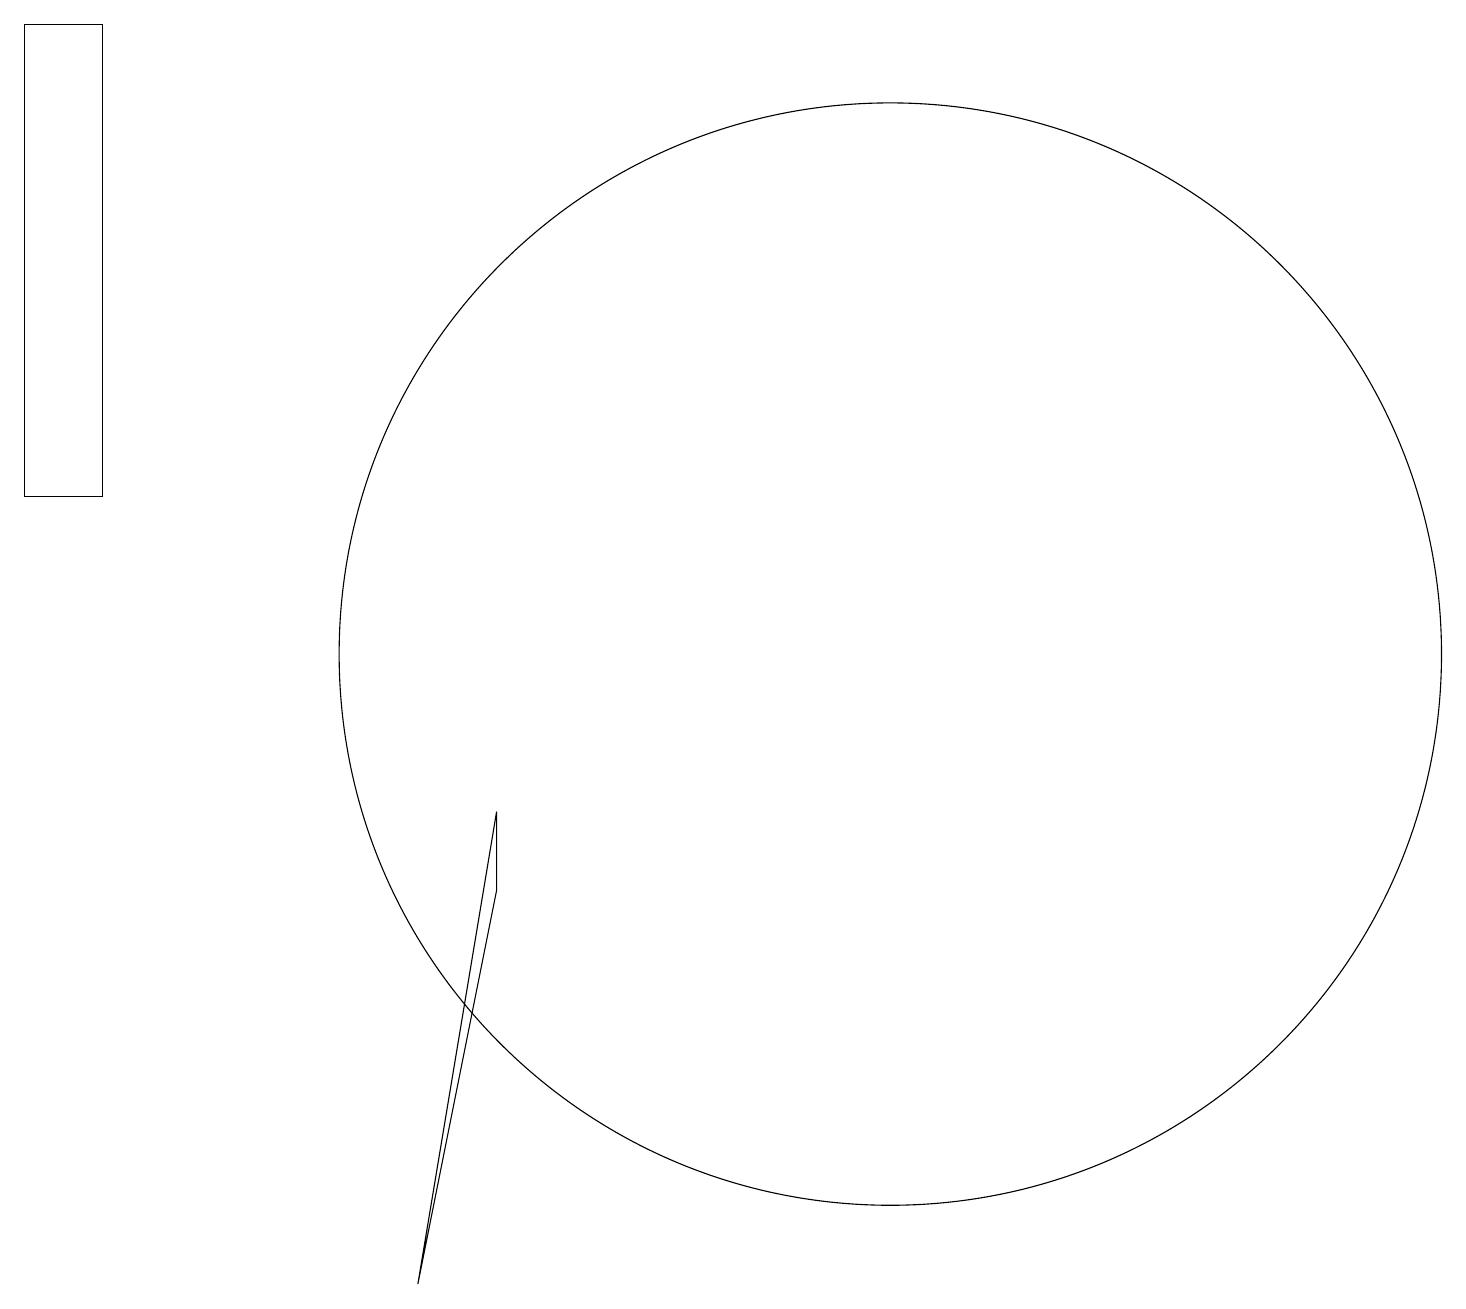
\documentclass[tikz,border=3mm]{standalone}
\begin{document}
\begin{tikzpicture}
\draw (11,10) circle (7);
\draw (0,18) rectangle (1,12);
\draw (6,7) -- (5,2) -- (6,8) -- cycle;
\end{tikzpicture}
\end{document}